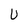
Character: U